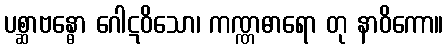
ပစ္ဆာဗန္ဓော ဂေါဋဝိသော၊ ကဏ္ဏဓာရော တု နာဝိကော။